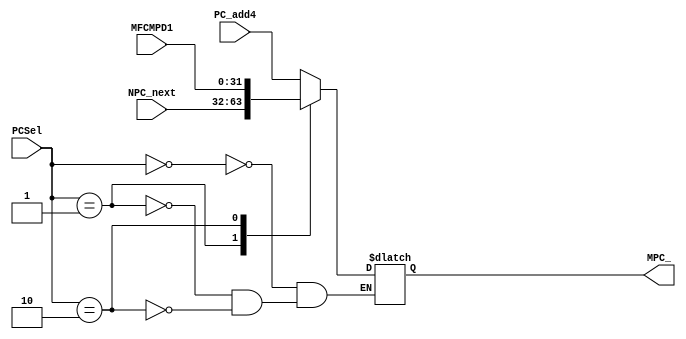
`timescale 1ns / 1ps
//////////////////////////////////////////////////////////////////////////////////
// Company: 
// Engineer: 
// 
// Design Name: 
// Module Name:    MPC 
// Project Name: 
// Target Devices: 
// Tool versions: 
// Description: 
//
// Dependencies: 
//
// Revision: 
// Revision 0.01 - File Created
// Additional Comments: 
//
//////////////////////////////////////////////////////////////////////////////////
module MPC(
    input [1:0] PCSel,
	 input [31:0] PC_add4,
    input [31:0] NPC_next,
    input [31:0] MFCMPD1,
    output reg[31:0] MPC_
    );
	 always @* begin
	   case(PCSel) 
		  0: begin
		  MPC_ <= PC_add4;
		  end
		  1: begin
		  MPC_ <= NPC_next;
		  end
		  2: begin
		  MPC_ <= MFCMPD1;
		  end
		endcase
	 end


endmodule